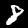
Label: 8